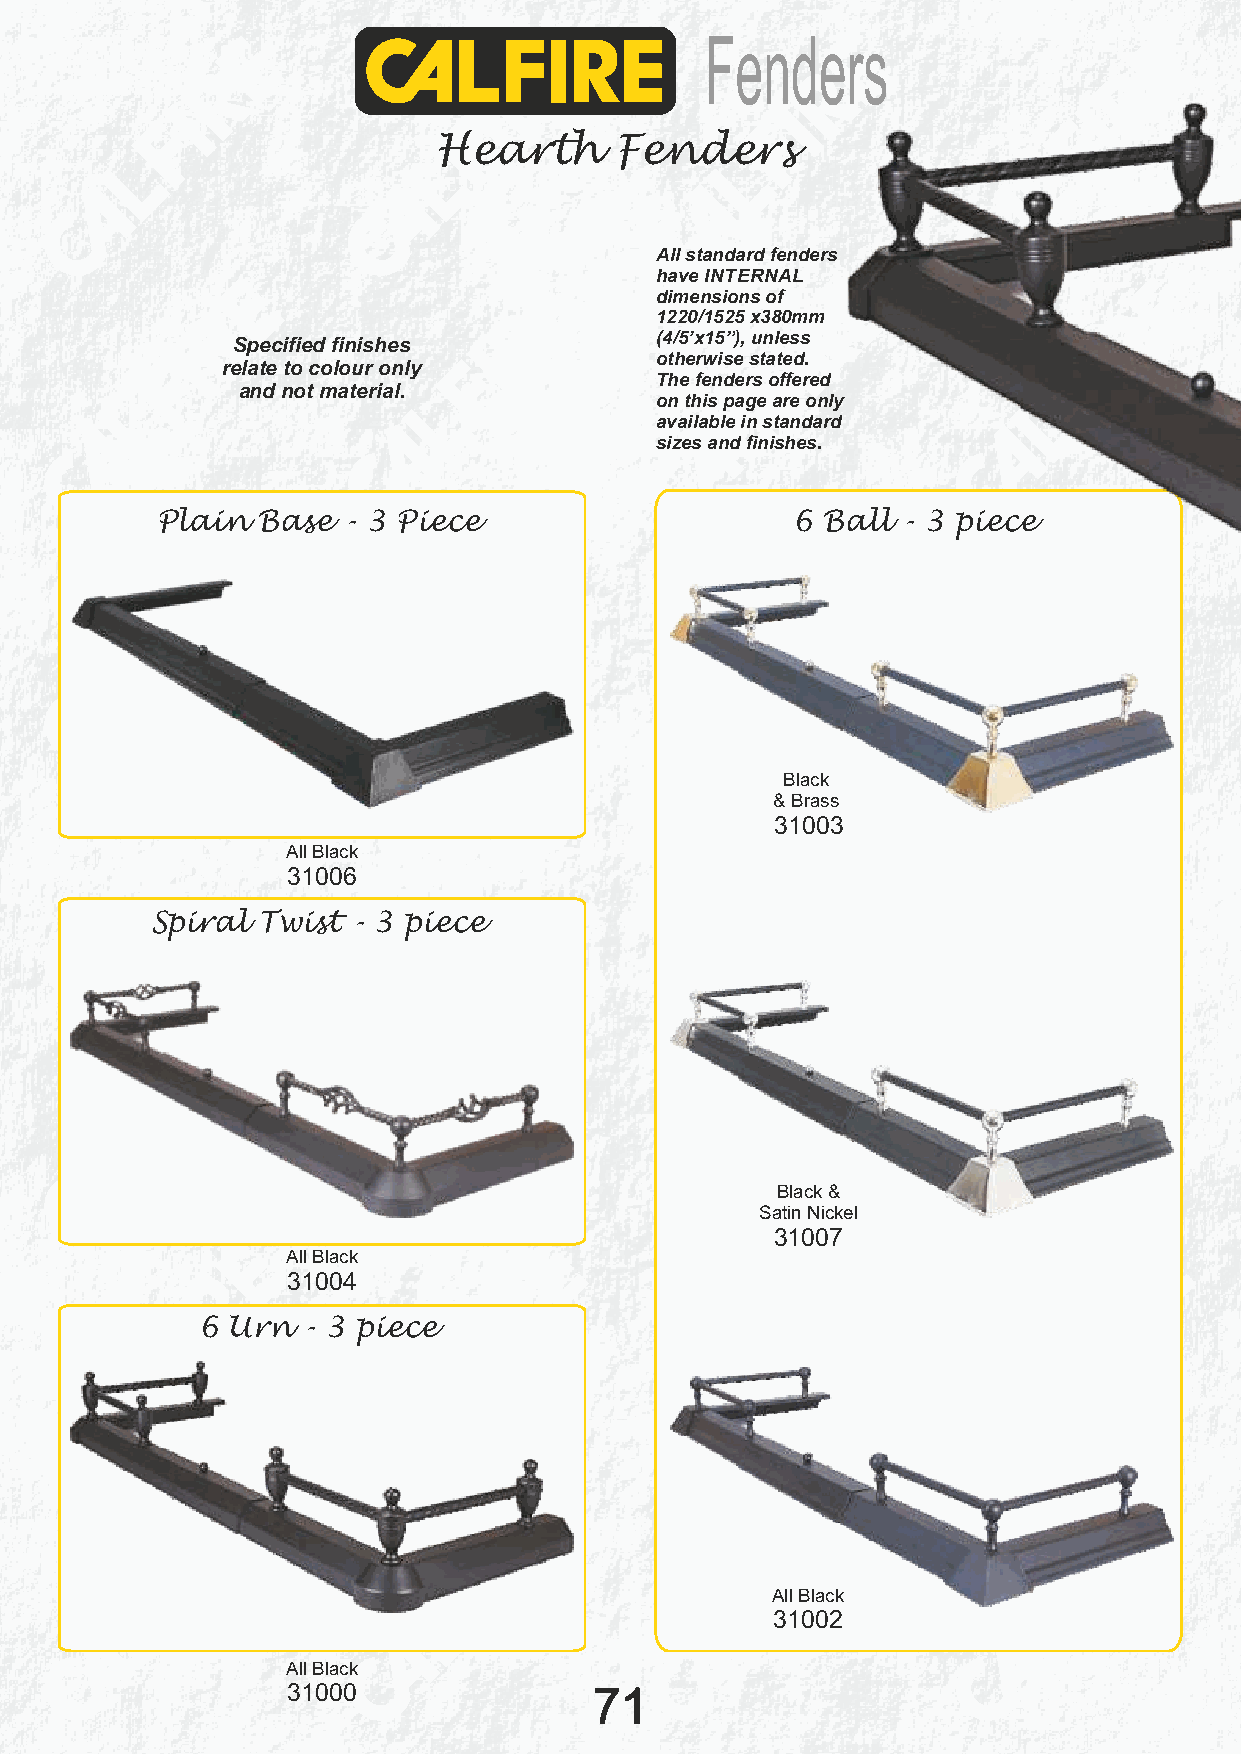
Fenders
 Hearth      Fenders
 All standard fenders
 have INTERNAL
 dimensions of
 1220/1525 x380mm
 Specified finishes          (4/5’x15”), unless
 otherwise stated.
 relate to colour only
 The fenders offered
 and not material.
 on this page are only
 available in standard
 sizes and finishes.
 Plain  Base  - 3 Piece                    6 Ball  - 3 piece
 Black
 & Brass
 31003
 All Black
 31006
 Spiral Twist - 3 piece
 Black &
 Satin Nickel
 31007
 All Black
 31004
 6 Urn  - 3 piece
 All Black
 31002
 All Black
 31000               71